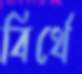
বির্থে